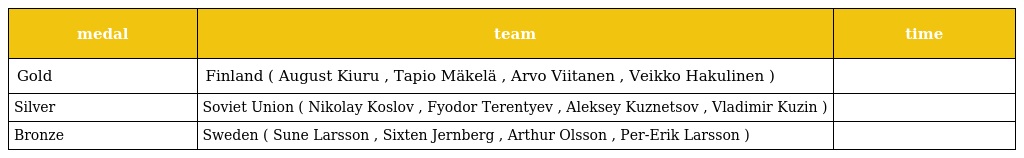
| medal | team | time |
 | --- | --- | --- |
 | Gold | Finland ( August Kiuru , Tapio Mäkelä , Arvo Viitanen , Veikko Hakulinen ) |  |
 | Silver | Soviet Union ( Nikolay Koslov , Fyodor Terentyev , Aleksey Kuznetsov , Vladimir Kuzin ) |  |
 | Bronze | Sweden ( Sune Larsson , Sixten Jernberg , Arthur Olsson , Per-Erik Larsson ) |  |